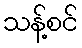
သန့်စင်